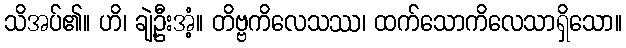
သိအပ်၏။ ဟိ၊ ချဲ့ဦးအံ့။ တိဗ္ဗကိလေသဿ၊ ထက်သောကိလေသာရှိသော။